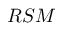
R S M